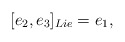
\begin{align*}[e_2,e_3]_{Lie}=e_1,\end{align*}